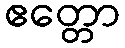
ဧတ္တော